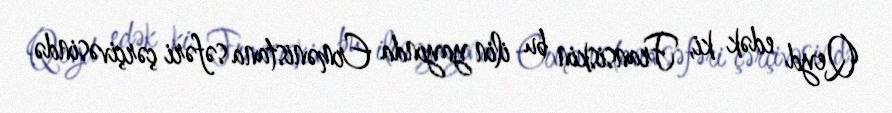
Qeyd edək ki, Fransiskin bu ilin yayında Ermənistana səfəri çərçivəsində